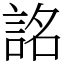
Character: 詺